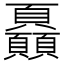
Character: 𩖏